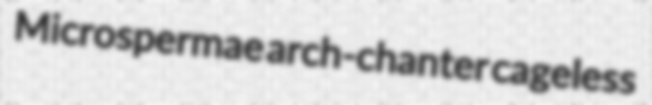
Microspermae arch-chanter cageless